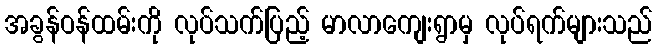
အခွန်ဝန်ထမ်းကို လုပ်သက်ပြည့် မာလာကျေးရွာမှ လုပ်ရက်များသည်